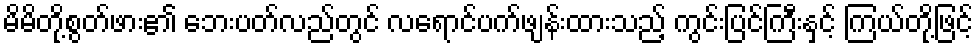
မိမိတို့စွတ်ဖား၏ ဘေးပတ်လည်တွင် လရောင်ပက်ဖျန်းထားသည့် ကွင်းပြင်ကြီးနှင့် ကြယ်တို့ဖြင့်